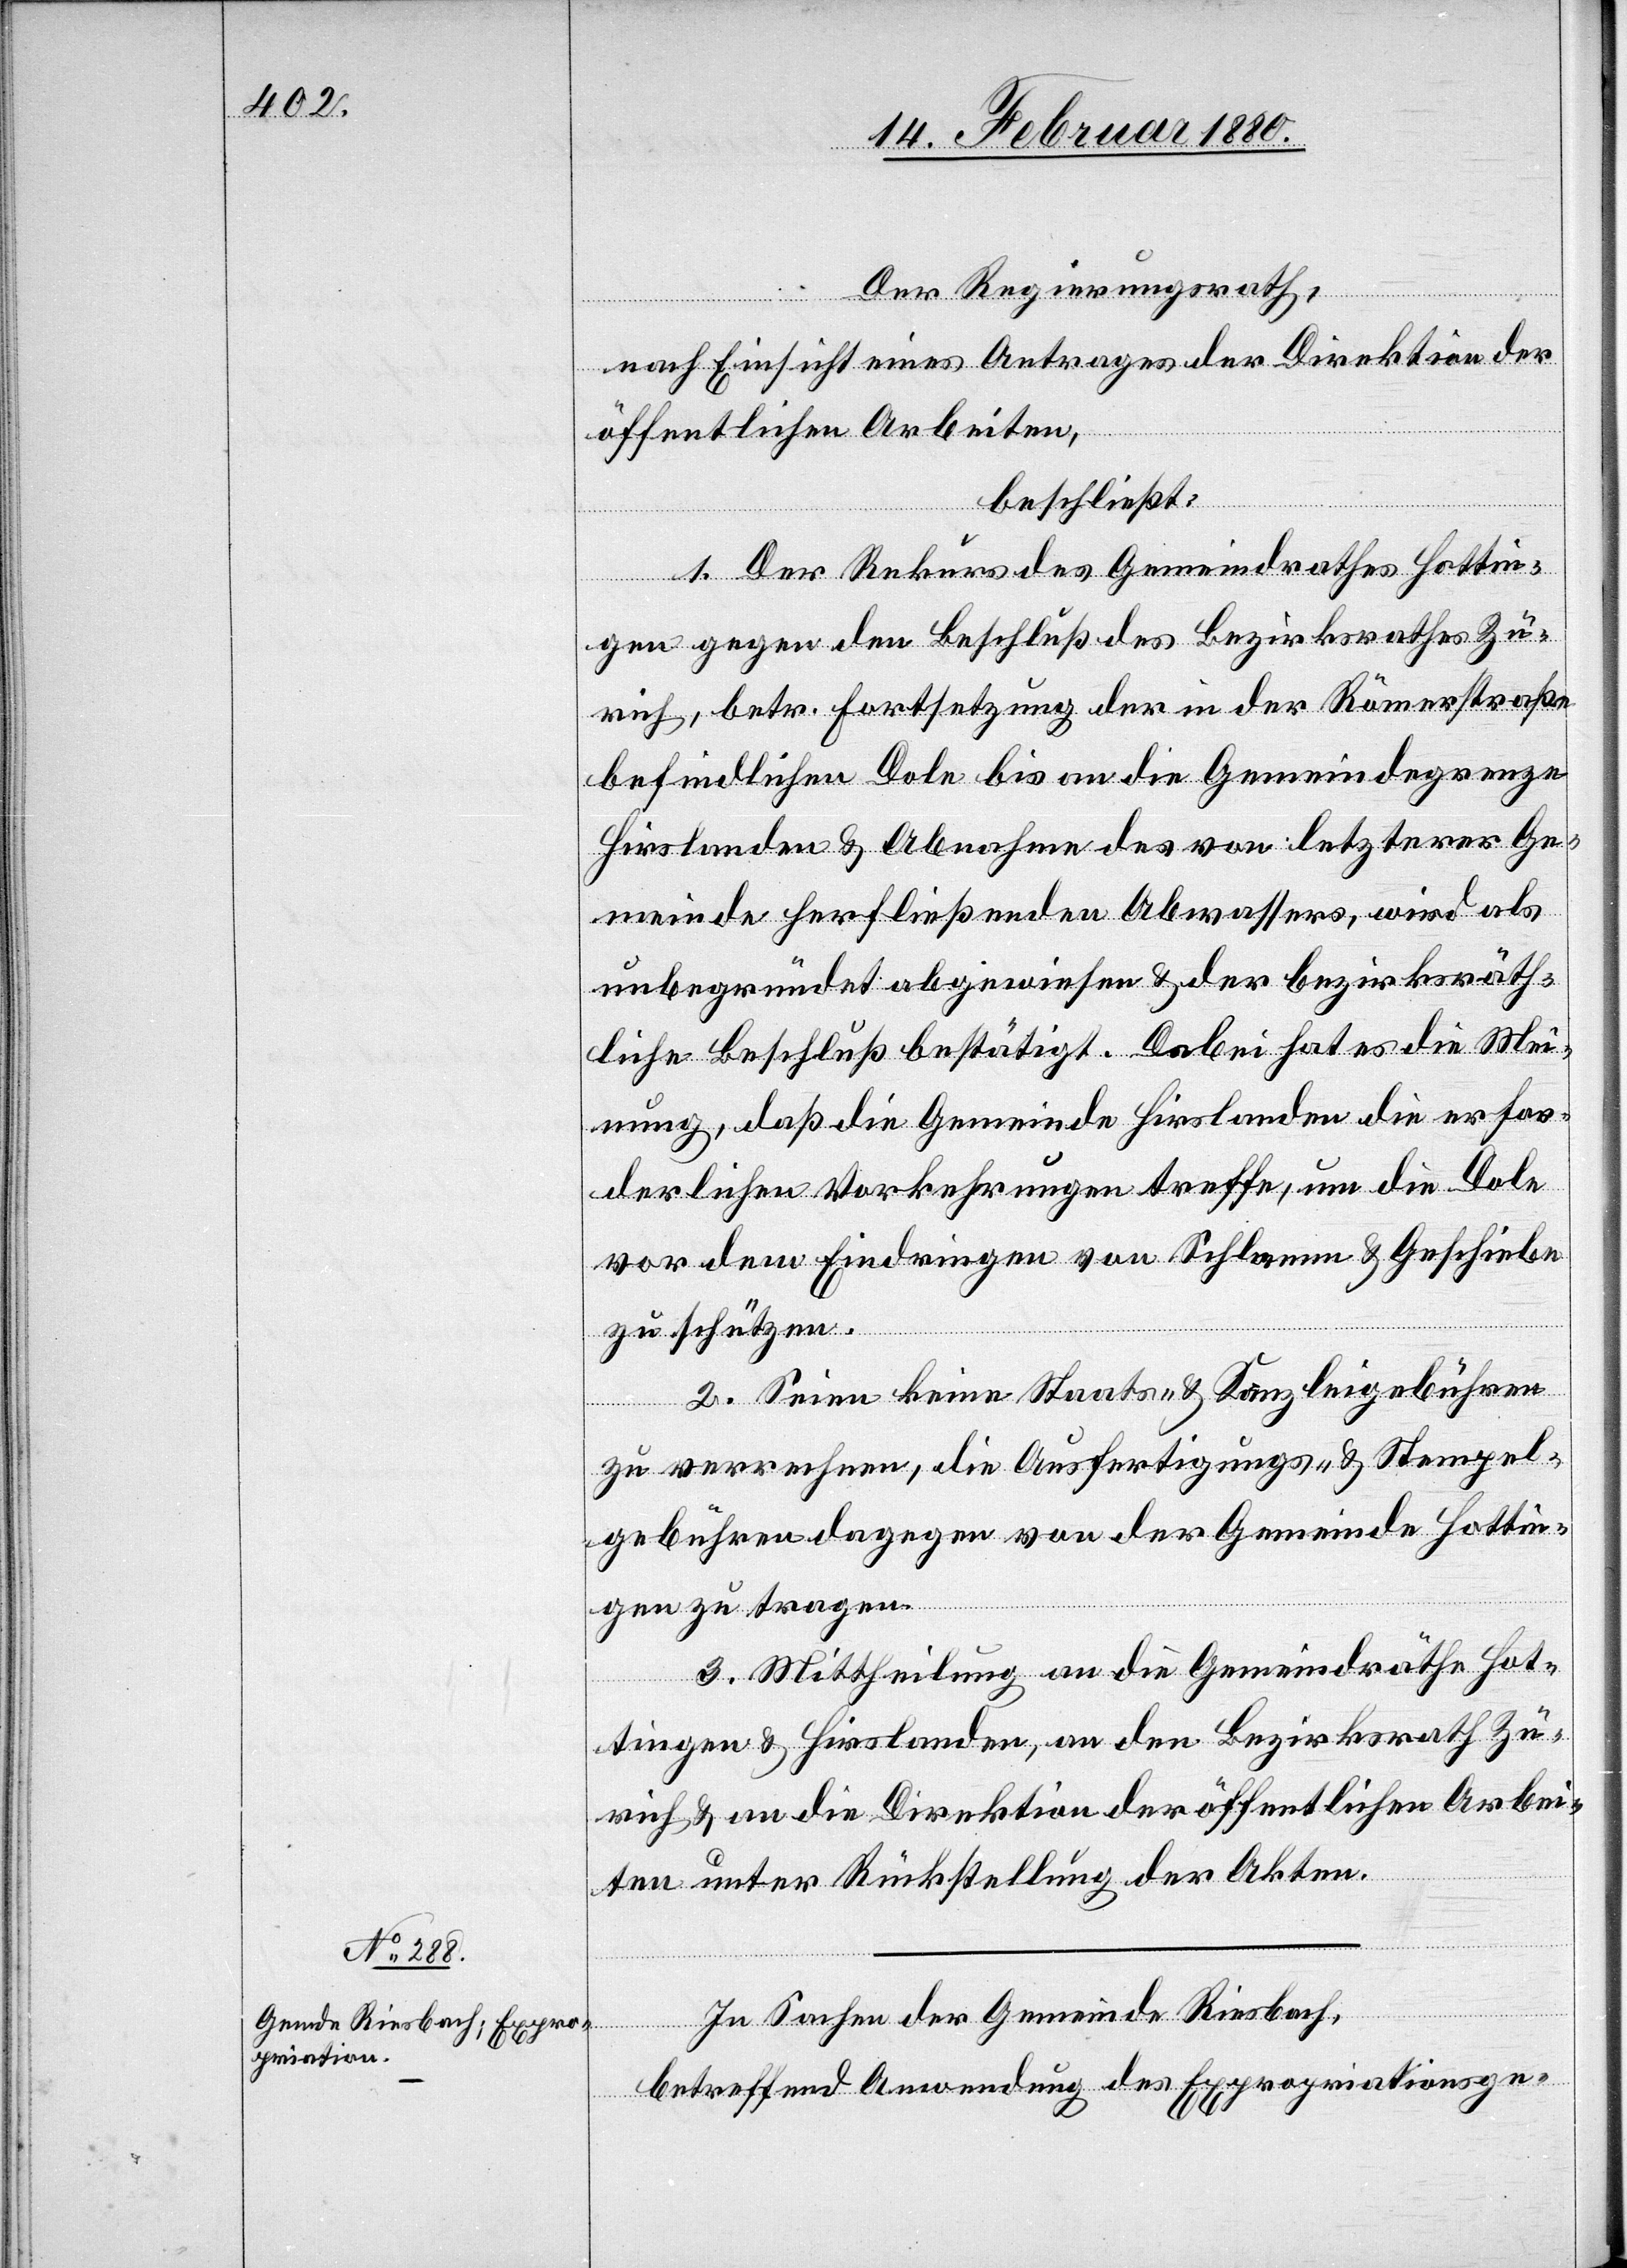
Der Regierungsrath,
nach Einsicht eines Antrages der Direktion der
öffentlichen Arbeiten,
beschließt:
1. Der Rekurs des Gemeindrathes Hottin¬
gen gegen den Beschluß des Bezirksgerichtes Zü¬
rich, betr. Fortsetzung der in der Römerstraße
befindlichen Dole bis an die Gemeindegrenze
Hirslanden & Abnahme des von letzterer Ge¬
meinde herfließenden Abwassers, wird als
unbegründet abgewiesen & der bezirksräth¬
liche Beschluß bestätigt. Dabei hat es die Mei¬
nung, daß die Gemeinde Hirslanden die erfor¬
derlichen Vorkehrungen treffe, um die Dole
vor dem Eindringen von Schlamm & Geschiebe
zu schützen.
2. Seien keine Staats- & Kanzleigebühren
zu verrechnen, die Ausfertigungs- & Stempel¬
gebühren dagegen von der Gemeinde Hottin¬
gen zu tragen.
3. Mittheilung an die Gemeindräthe Hot¬
tingen & Hirslanden, an den Bezirksrath Zü¬
rich & an die Direktion der öffentlichen Arbei¬
ten unter Rückstellung der Akten.
In Sachen der Gemeinde Riesbach,
betreffend Anwendung des Expropriationsge-